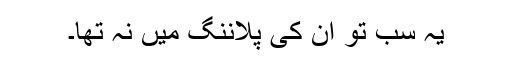
یہ سب تو ان کی پلاننگ میں نہ تھا۔